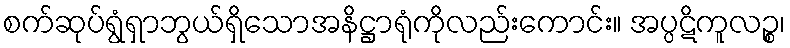
စက်ဆုပ်ရွံရှာဘွယ်ရှိသောအနိဋ္ဌာရုံကိုလည်းကောင်း။ အပ္ပဋိကူလဉ္စ၊